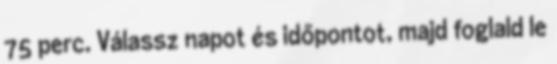
75 perc. Válassz napot és időpontot, majd foglald le